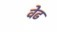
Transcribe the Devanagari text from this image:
वेढ